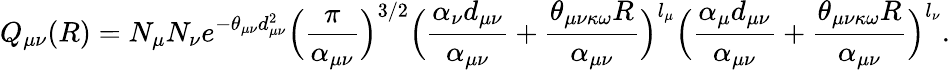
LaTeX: Q_{\mu\nu}(R)=N_{\mu}N_{\nu}e^{-\theta_{\mu\nu}d_{\mu\nu}^{2}}\Big(\frac{\pi}{\alpha_{\mu\nu}}\Big)^{3/2}\Big(\frac{\alpha_{\nu}d_{\mu\nu}}{\alpha_{\mu\nu}}+{\frac{\theta_{\mu\nu\kappa\omega}R}{\alpha_{\mu\nu}}}\Big)^{l_{\mu}}\Big(\frac{\alpha_{\mu}d_{\mu\nu}}{\alpha_{\mu\nu}}+{\frac{\theta_{\mu\nu\kappa\omega}R}{\alpha_{\mu\nu}}}\Big)^{l_{\nu}}.